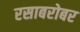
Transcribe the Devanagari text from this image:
रसाबरोबर